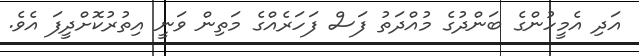
އަދި އެމީހުންގެ ބަންދުގެ މުއްދަތު ފަސް ފަހަރެއްގެ މަތިން ވަނީ އިތުރުކޮށްދީފަ އެވެ.